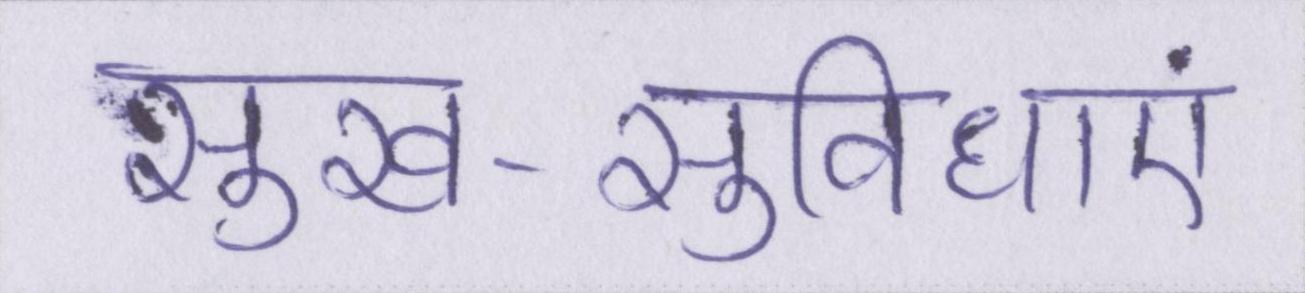
सुख-सुविधाएं